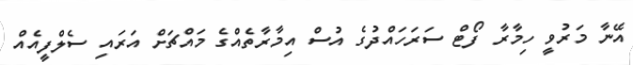
އޭނާ މަރުވީ ހިމާރާ ފޯޓް ސަރަހައްދުގެ އުސް އިމާރާތެއްގެ މައްޗަށް އަރައި ސެލްފީއެއް